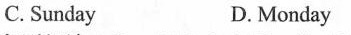
C. Sunday D.Monday